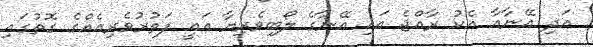
އަދި އޭނާއާ އެކު ރާއްޖެ އައި އޭނާގެ ލޯބިވެރިޔާ އައީ ފަތުރުވެރިއެއްގެ ގޮތުގައި